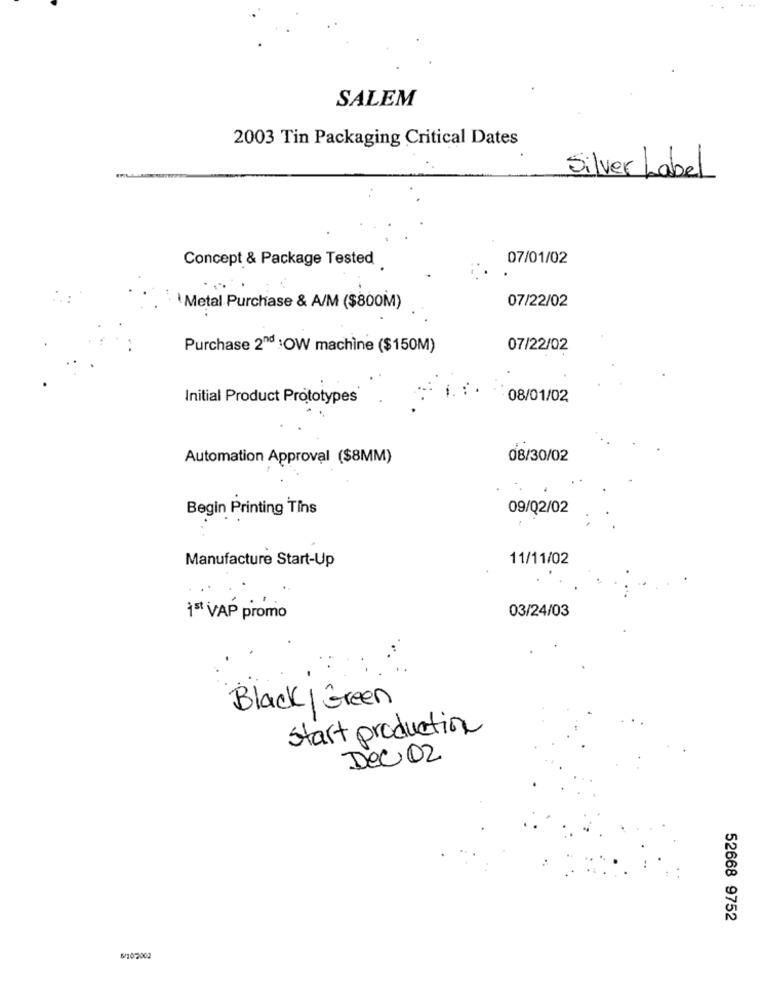
SALEM
2003 Tin Packaging Critical Dates
Silver Label
Concept & Package Tested
07/01/02
07/22/02
\ Metal Purchase & A/M ($800M)
Purchase 2md :OW machine ($150M)
07/22/02
Initial Product Prototypes
08/01/02
Automation Approval ($8MM)
08/30/02
Begin Printing Tins
09/02/02
Manufacture Start-Up
11/11/02
03/24/03
15 VAP promo
Black| Green
start production
Dec 02
52668 9752
5/102002